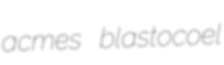
acmes blastocoel